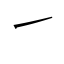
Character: ㇀